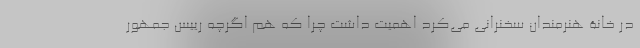
در خانۀ هنرمندان سخنرانی می‌کرد اهمیت داشت چرا که هم اگرچه رییس جمهور